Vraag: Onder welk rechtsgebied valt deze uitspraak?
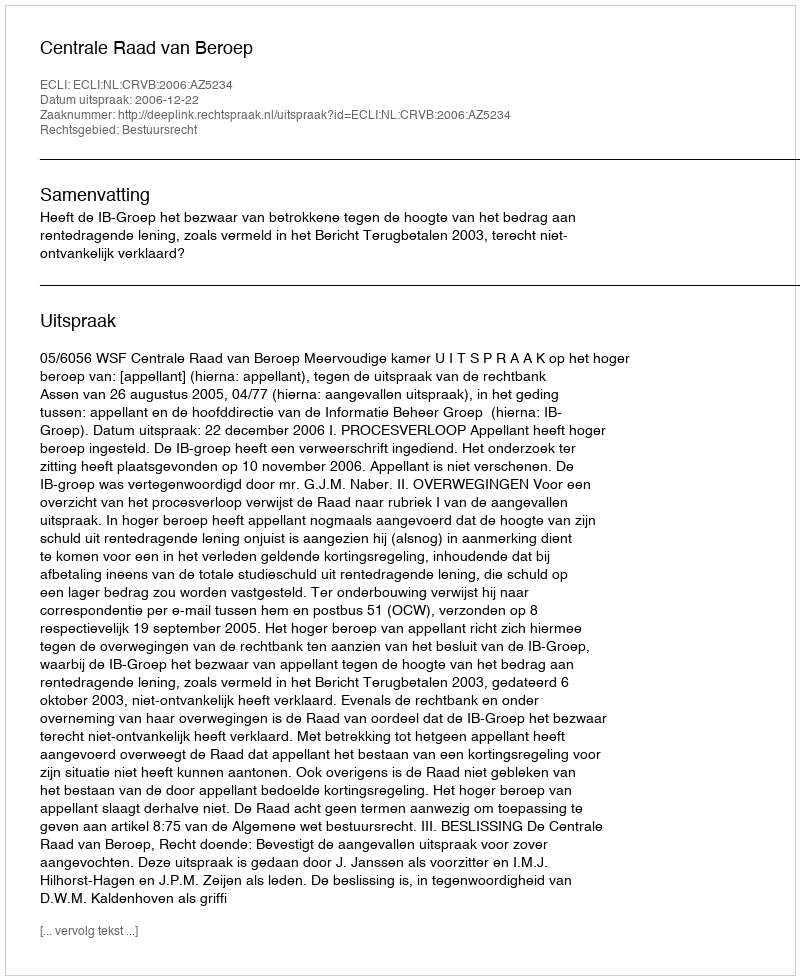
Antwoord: Bestuursrecht